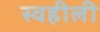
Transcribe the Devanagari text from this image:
स्वहीली